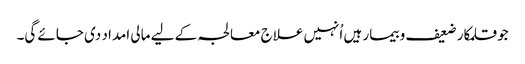
جو قلمکار ضعیف و بیمار ہیں اُنہیں علاج معالجہ کے لیے مالی امداد دی جائے گی۔